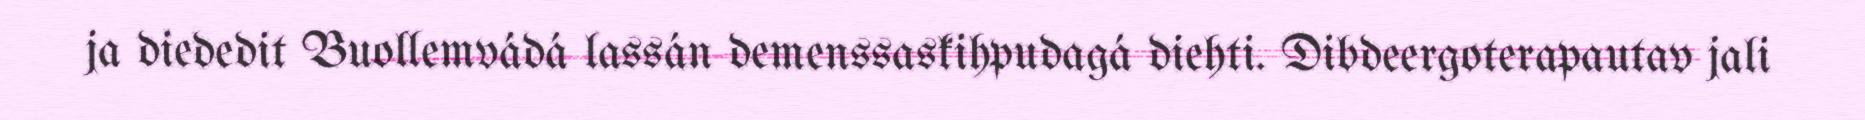
ja diededit Buollemvádá lassán demenssaskihpudagá diehti. Dibdeergoterapautav jali